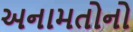
અનામતોનો